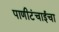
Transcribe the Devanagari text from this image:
पाणीटंचाईचा